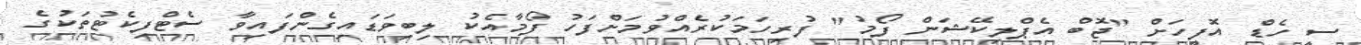
ސީ ހެޑް އޮފީހަށް "ޖޮބް އެޕްލިކޭޝަން ފޯމު" ފުރިހަމަކުރެއްވުމަށްފަހު ފޯމާއެކު ލިބިވަޑައިގެންފައިވާ ސެޓްފިކެޓުތަކުގެ